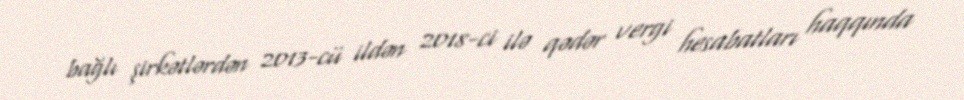
bağlı şirkətlərdən 2013-cü ildən 2018-ci ilə qədər vergi hesabatları haqqında